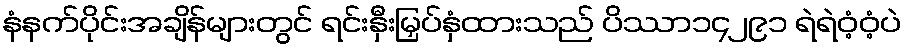
နံနက်ပိုင်းအချိန်များတွင် ရင်းနှီးမြှပ်နှံထားသည် ပိဿာ၁၄၂၉၁ ရဲရဲဝံ့ဝံ့ပဲ